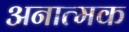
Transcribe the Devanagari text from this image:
अनात्मक